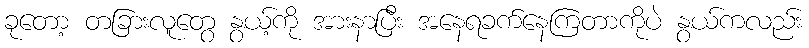
ခုတော့ တခြားလူတွေ နွယ့်ကို အားနာပြီး အနေရခက်နေကြတာကိုပဲ နွယ်ကလည်း